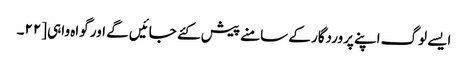
ایسے لوگ اپنے پروردگار کے سامنے پیش کئے جائیں گے اور گواہ واہی [٢٢۔